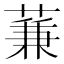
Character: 蒹